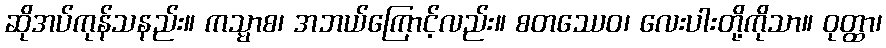
ဆိုအပ်ကုန်သနည်း။ ကသ္မာစ၊ အဘယ်ကြောင့်လည်း။ စတဿေဝ၊ လေးပါးတို့ကိုသာ။ ဝုတ္ထာ၊